Annual administration and progress report of the Indian Medical Department, Bombay
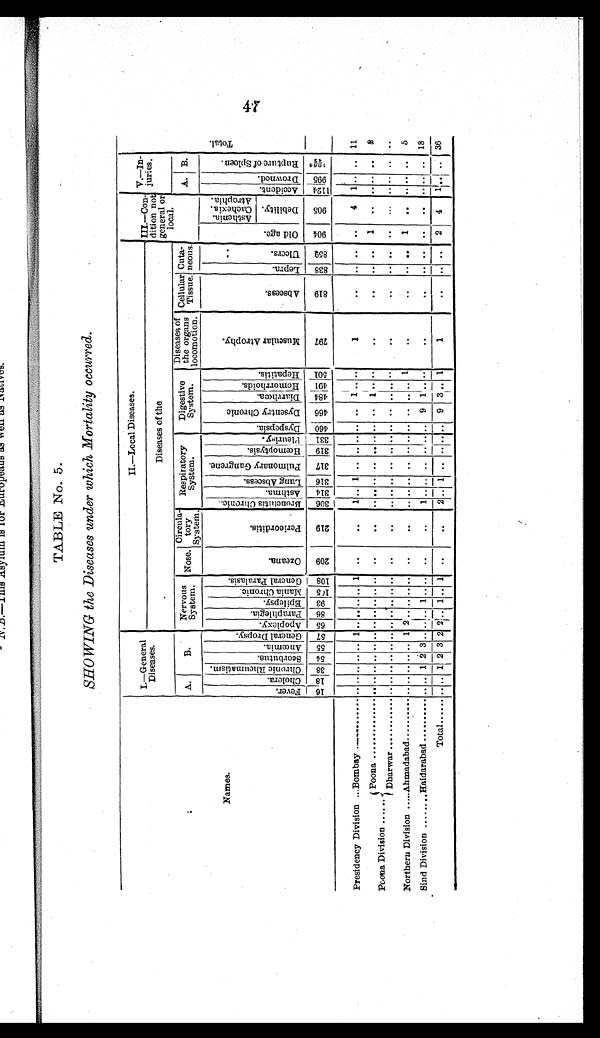
TABLE No. 5.
SHOWING the Diseases under which Mortality occurred.
Names.
I.—General
Diseases.
II.—Local Diseases.
III.—Con-
dition not
general or
local.
V.—In-
juries .
T o t a l .
Diseases of the
A.
B . Nervous
System. Nose.
Circula-
tory
System.
Respiratory
System.
Digestive
System.
Diseases of
the organs
locomotion.
Cellular
Tissue.
Cuta-
neous
A. B.
Fe ve r .
C h o l e r a .
C h r o n i c R h e u m a t i s m .
S c o r b u t u s . A n œ m i a .
G e n e r a l D r o p s y .
A p o p l e x y .
P a r a p h l e g i a .
E p i l e p s y .
M a n i a C h r o n i c .
G e n e r a l P a r a l a s i s .
O z e a n a .
P e r i c o r d i t i s .
B r o n c h i t i s C h r o n i c .
A s t h m a .
L u n g A b s c e s s .
P u l m o n a r y G a n g r e n e .
H œ m o p t y s i s .
P l e u r i s y .
D y s p e p s i a .
D y s e n t r y C h r o n i c .
D i a r r h œ a .
H o m o r r h o i d s .
H e p a t i t i s .
M u s c u l a r A t r o p h y .
A b s c e s s .
L e p r a .
U l c e r s .
O l d a g e .
A s t h e n i a .
C a c h e x i a .
A t r o p h i a .
A c c i d e n t . D r o w n e d .
R u p t u r e o f S p l e e n .
D e b i l i t y .
1618 3 8 5 4 5 5 5 7 6 5 8 6 9 3 1 0 5 1 0 8 2 0 9
2 1 9
3 0 6 3 1 4 3 1 6 3 1 7 3 1 9 3 3 1 4 6 0 466 4 8 4 4 9 1 5 0 1
7 9 7
8 1 9
8 3 8 8 5 9
9 0 4 9 0 5
1 1 2 4 9 9 5 1 0 6 6 / 4 2
Presidency Division ... Bombay ..........
.. .. . . . . . . 1 . . . . . . . . 1 ..
..
1 . . 1 . . . . . . . .
..
1 . . . .
1
.. .. .. .. 4 1 ..
. . 11
Poona Division ......
Poona .................. .. .. . . .. . . .. . . . . .. .. .. ..
. .
. . . . . . . . . . . . . .
..
1 . . . .
. .
. . .. . . 1 . . .. . . . . 2
Dharwar .............. .. .. . . . . . . . . .. .. .. .. .. ..
. .
. . . . . . . . . . . . . . .. . . . . . .
. .
. .
. . . .
. . . . .
. . . . . . . .
Northern Division ..... Ahmadabad .......... .. .. . . . . . . 1 2 . . . . . . . . ..
. .
. . . . . . . . . . . . . . .. . . 1
. .
. .
. . . . 1
. . . . . . . . 5
Sind Division ......... Haidarabad .......... .. .. 1 2 3 .. .. . . 1 .. ..
. .
. . . . . . . . . . . . . .
9
1 . . . .
..
. . . . . . . .
. . . . . . . . 1 8
Total ...... .. .. 1 2 3 2 2 . . 1 . . 1 ..
..
2 . . 1 . . . . . . . . 9 3 . . 1
1
.. .. . . 2 4 1 . .
. . 36
47